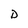
Character: D